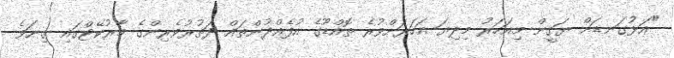
"އަޅުގަނޑަށް ޔަގީން މިއަހަރު މިދިޔަ އަހަރަށްވުރެ ތޮއްޑޫގެ އުފެއްދުންތައް ދަތުރުވެރިންގެ މާރުކޭޓްގައި ގިނަވެ